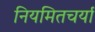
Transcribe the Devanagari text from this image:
नियमितचर्या